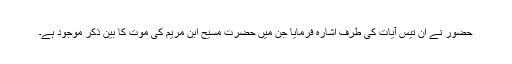
حضورؑ نے اُن تیس آیات کی طرف اشارہ فرمایا جن میں حضرت مسیح ابنِ مریم کی موت کا بیّن ذکر موجود ہے۔